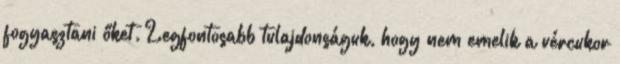
fogyasztani őket. Legfontosabb tulajdonságuk, hogy nem emelik a vércukor